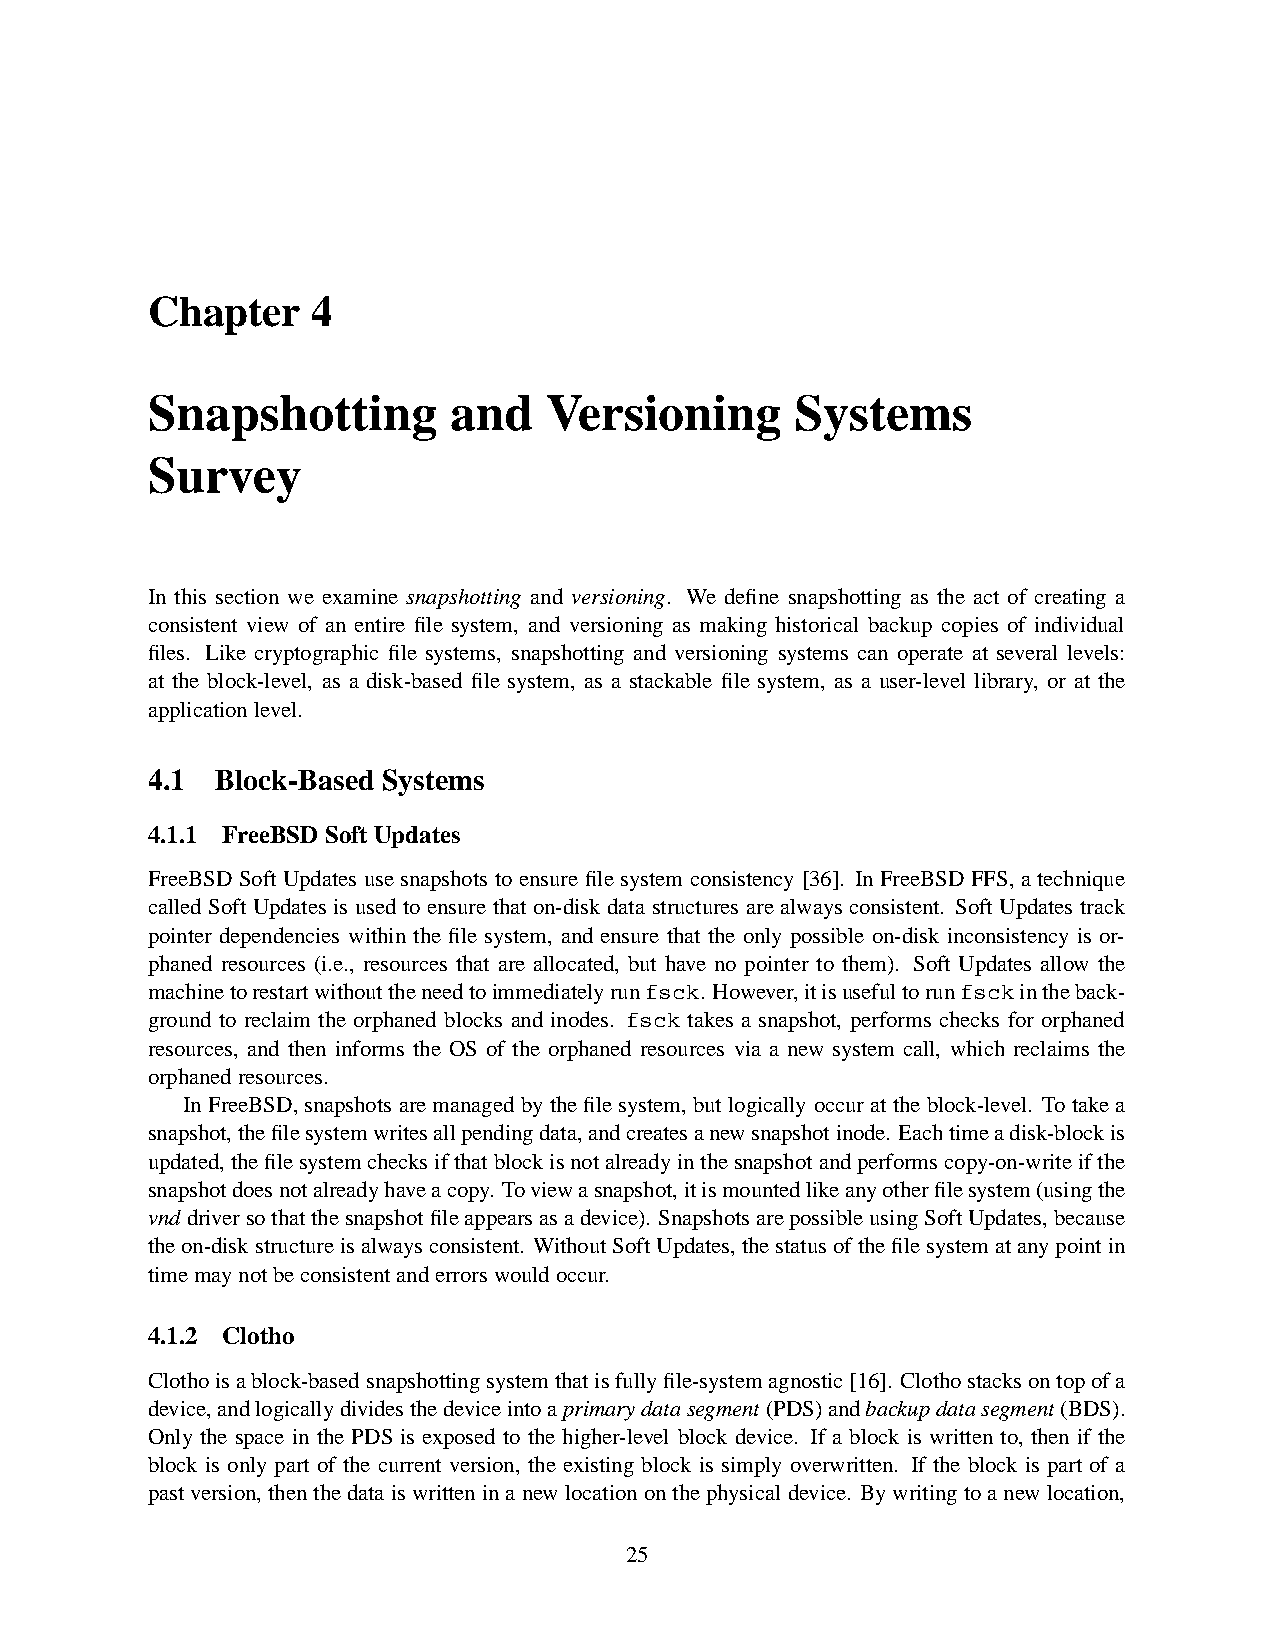
Chapter    4
 Snapshotting        and   Versioning       Systems
 Survey
 In this section we examine snapshotting and versioning. We define snapshotting as the act of creating a
 consistent view of an entire file system, and versioning as making historical backup copies of individual
 files. Like cryptographic file systems, snapshotting and versioning systems can operate at several levels:
 at the block-level, as a disk-based file system, as a stackable file system, as a user-level library, or at the
 applicationlevel.
 4.1 Block-Based Systems
 4.1.1 FreeBSD SoftUpdates
 FreeBSDSoft Updates use snapshots to ensure file systemconsistency [36]. In FreeBSDFFS, a technique
 calledSoft Updatesis usedto ensure that on-diskdata structuresare always consistent. Soft Updates track
 pointer dependencies within the file system, and ensure that the only possible on-disk inconsistency is or-
 phaned resources (i.e., resources that are allocated, but have no pointer to them). Soft Updates allow the
 machinetorestartwithouttheneedtoimmediatelyrunfsck. However,itisusefultorunfsckintheback-
 ground to reclaim the orphaned blocks and inodes. fsck takes a snapshot, performs checks for orphaned
 resources, and then informs the OS of the orphaned resources via a new system call, which reclaims the
 orphanedresources.
 InFreeBSD,snapshotsaremanagedbythefilesystem, but logicallyoccurattheblock-level. Totake a
 snapshot,thefilesystemwritesallpendingdata,andcreatesanewsnapshotinode. Eachtimeadisk-blockis
 updated,thefilesystemchecksifthatblockisnotalreadyinthesnapshotandperformscopy-on-writeifthe
 snapshotdoesnotalreadyhaveacopy. Toviewasnapshot,itismountedlikeanyotherfilesystem(usingthe
 vnddriversothatthesnapshotfileappearsasadevice). SnapshotsarepossibleusingSoftUpdates,because
 theon-diskstructureisalwaysconsistent. WithoutSoftUpdates,thestatusofthefilesystematanypointin
 timemaynotbeconsistentanderrorswouldoccur.
 4.1.2 Clotho
 Clothoisablock-basedsnapshottingsystemthatisfullyfile-systemagnostic[16]. Clothostacksontopofa
 device,andlogicallydividesthedeviceintoaprimarydatasegment(PDS)andbackupdatasegment(BDS).
 Only the space in the PDS is exposed to the higher-level block device. If a block is written to, then if the
 block is only part of the current version, the existing block is simply overwritten. If the block is part of a
 pastversion,thenthedataiswritteninanewlocationonthephysicaldevice. Bywritingtoanewlocation,
 25